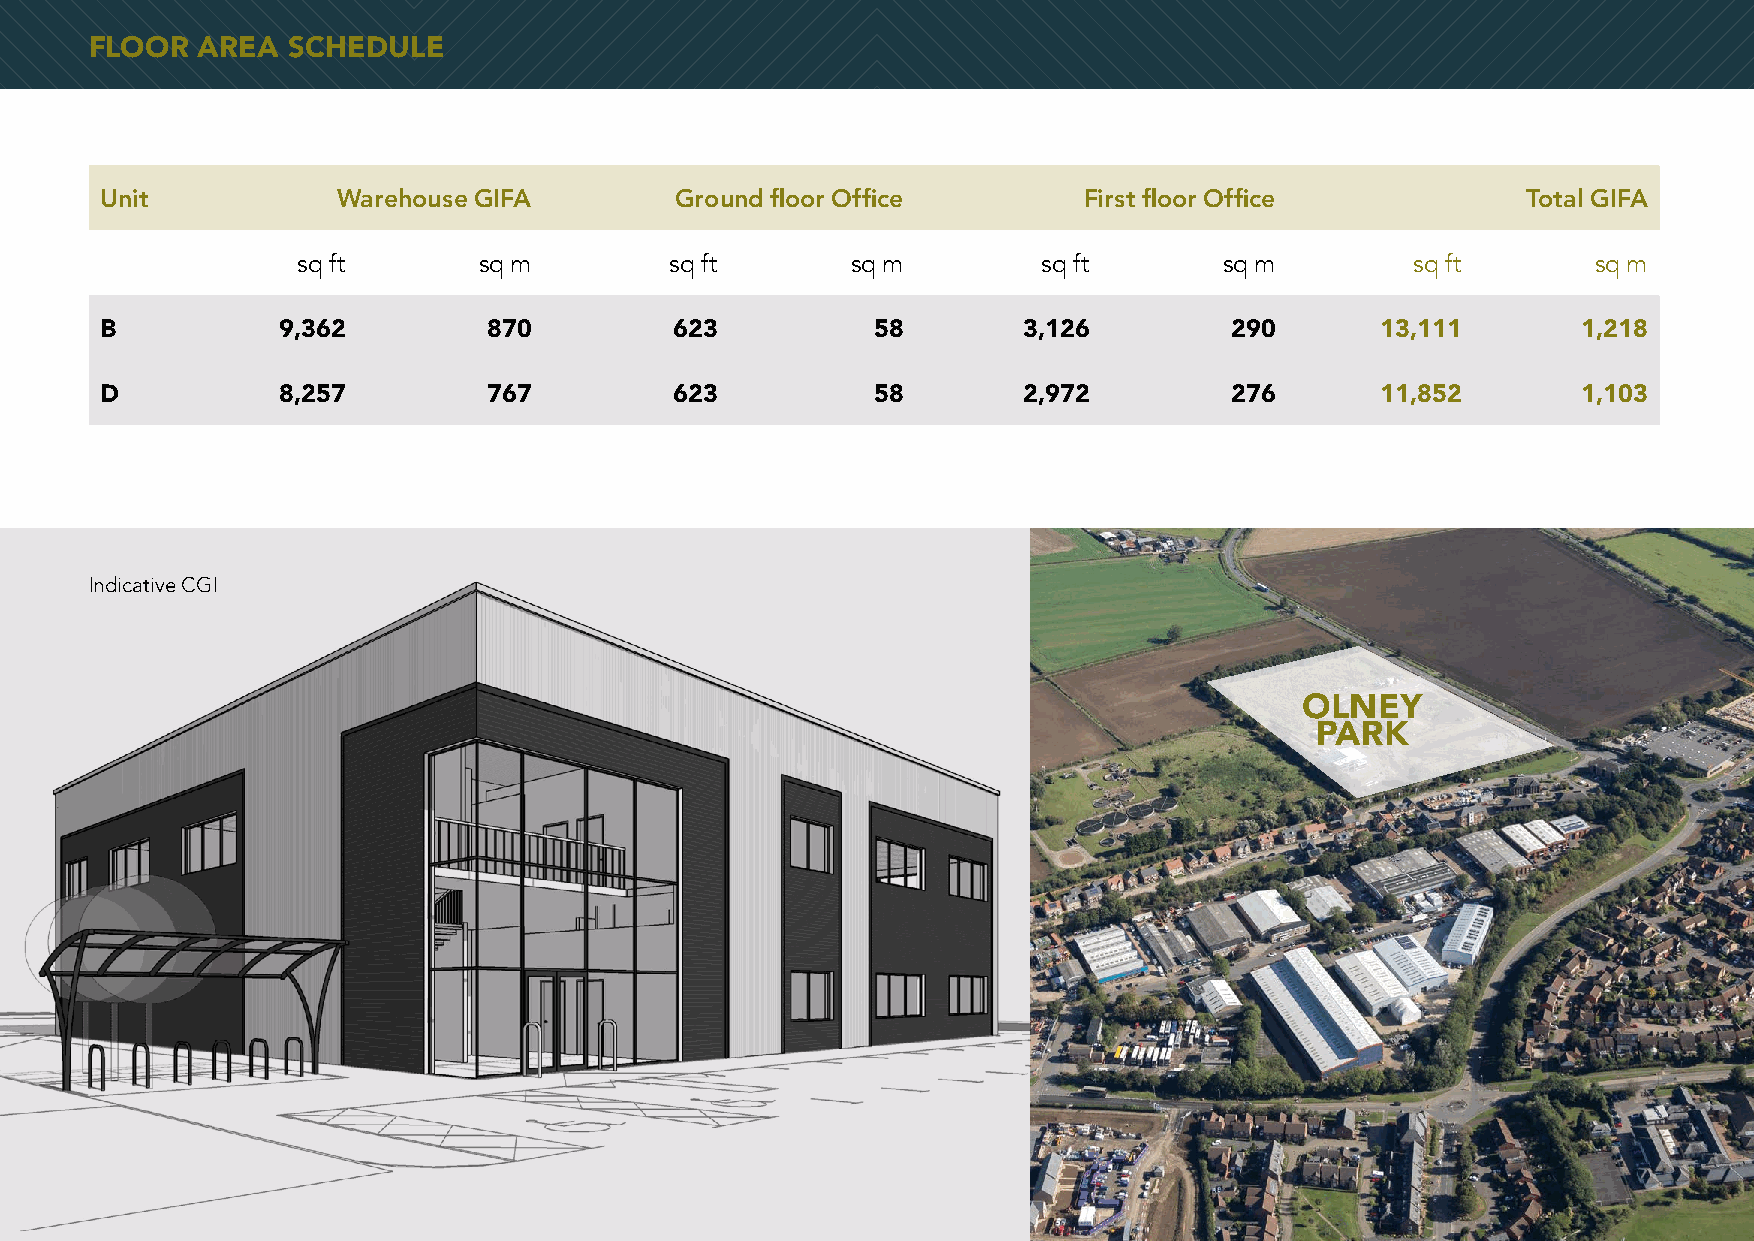
FLOOR  AREA  SCHEDULE
 Unit           Warehouse GIFA         Ground floor Office        First floor Office           Total GIFA
 sq ft       sq m        sq ft       sq m         sq ft       sq m         sq ft       sq m
 B          9,362         870          623          58        3,126         290      13,111        1,218
 D          8,257         767          623          58        2,972         276      11,852        1,103
 Indicative CGI
 OLNEY
 PARK